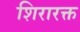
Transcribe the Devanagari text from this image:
शिरारक्त